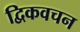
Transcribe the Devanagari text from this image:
द्विकवचन